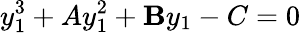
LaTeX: y_{1}^{3}+Ay_{1}^{2}+\mathbf{B}y_{1}-C=0